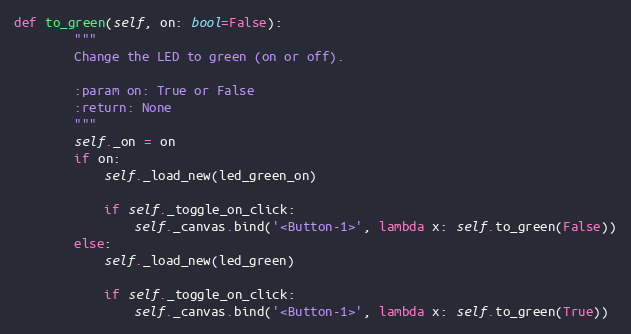
Language: Python
def to_green(self, on: bool=False):
        """
        Change the LED to green (on or off).

        :param on: True or False
        :return: None
        """
        self._on = on
        if on:
            self._load_new(led_green_on)

            if self._toggle_on_click:
                self._canvas.bind('<Button-1>', lambda x: self.to_green(False))
        else:
            self._load_new(led_green)

            if self._toggle_on_click:
                self._canvas.bind('<Button-1>', lambda x: self.to_green(True))